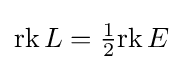
\mathrm {rk} \,L={\tfrac {1}{2}}\mathrm {rk} \,E